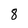
Character: 8